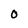
Character: O